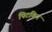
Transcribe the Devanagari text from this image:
पिटकिन